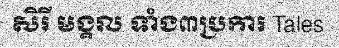
សិរី មង្គល ទាំង៣ប្រការ Tales